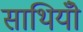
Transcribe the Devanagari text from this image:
साथियोँ